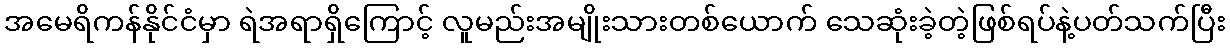
အမေရိကန်နိုင်ငံမှာ ရဲအရာရှိကြောင့် လူမည်းအမျိုးသားတစ်ယောက် သေဆုံးခဲ့တဲ့ဖြစ်ရပ်နဲ့ပတ်သက်ပြီး